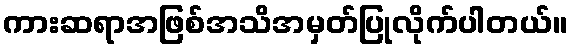
ကားဆရာအဖြစ်အသိအမှတ်ပြုလိုက်ပါတယ်။